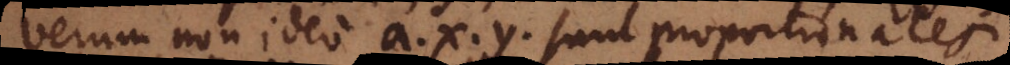
Verum non ideo a, x, y sunt proportionales